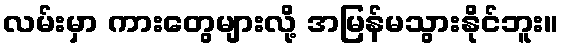
လမ်းမှာ ကားတွေများလို့ အမြန်မသွားနိုင်ဘူး။